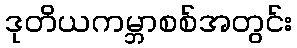
ဒုတိယကမ္ဘာစစ်အတွင်း